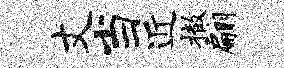
丈当近撤翩